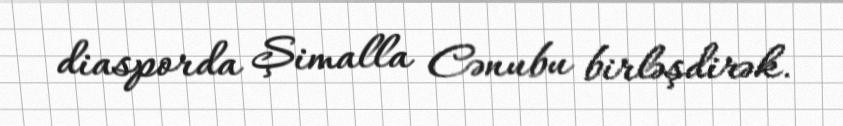
diasporda Şimalla Cənubu birləşdirək.